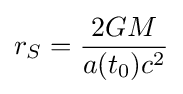
r_{S}={\dfrac {2GM}{a(t_{0})c^{2}}}